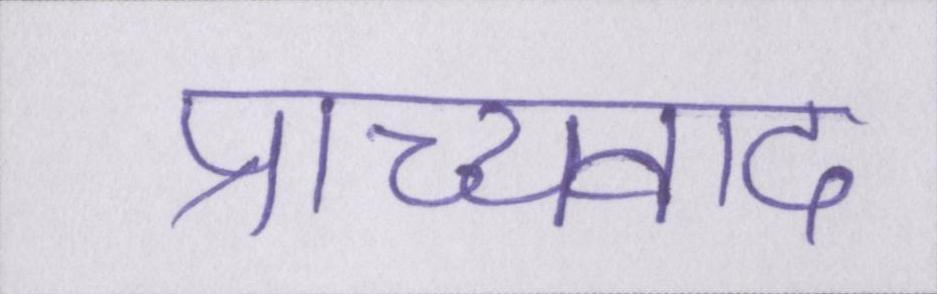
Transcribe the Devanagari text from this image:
प्राच्यवाद